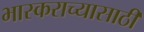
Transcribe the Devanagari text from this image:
भास्कराच्यासाठी